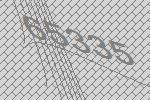
65335